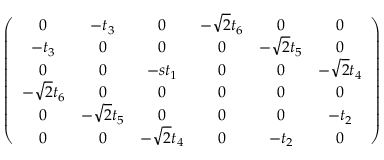
\begin{array} { r } { \left( \begin{array} { c c c c c c } { 0 } & { - t _ { 3 } } & { 0 } & { - \sqrt { 2 } t _ { 6 } } & { 0 } & { 0 } \\ { - t _ { 3 } } & { 0 } & { 0 } & { 0 } & { - \sqrt { 2 } t _ { 5 } } & { 0 } \\ { 0 } & { 0 } & { - s t _ { 1 } } & { 0 } & { 0 } & { - \sqrt { 2 } t _ { 4 } } \\ { - \sqrt { 2 } t _ { 6 } } & { 0 } & { 0 } & { 0 } & { 0 } & { 0 } \\ { 0 } & { - \sqrt { 2 } t _ { 5 } } & { 0 } & { 0 } & { 0 } & { - t _ { 2 } } \\ { 0 } & { 0 } & { - \sqrt { 2 } t _ { 4 } } & { 0 } & { - t _ { 2 } } & { 0 } \end{array} \right) } \end{array}